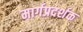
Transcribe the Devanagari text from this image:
मार्गप्रदर्शक